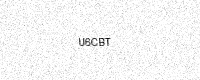
Text: U6CBT